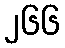
၂၆၆